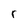
Character: r